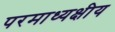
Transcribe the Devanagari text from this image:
परमाध्यक्षीय